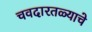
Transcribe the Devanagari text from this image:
चवदारतळ्याचे